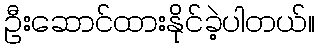
ဦးဆောင်ထားနိုင်ခဲ့ပါတယ်။